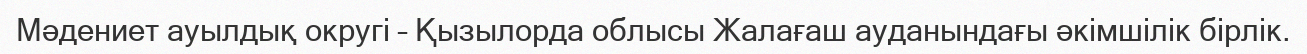
Мәдениет ауылдық округі – Қызылорда облысы Жалағаш ауданындағы әкімшілік бірлік.